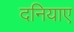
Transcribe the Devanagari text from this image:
दनियाए